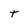
Character: t